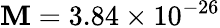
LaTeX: \mathbf{M}=3.84\times10^{-26}